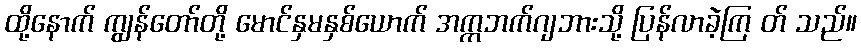
ထို့နောက် ကျွန်တော်တို့ မောင်နှမနှစ်ယောက် အက္ကဘက်ဂျဘားသို့ ပြန်လာခဲ့ကြ တ် သည်။